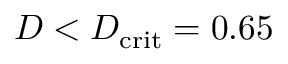
D < D _ { \mathrm { c r i t } } = 0 . 6 5